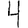
Digit: 4